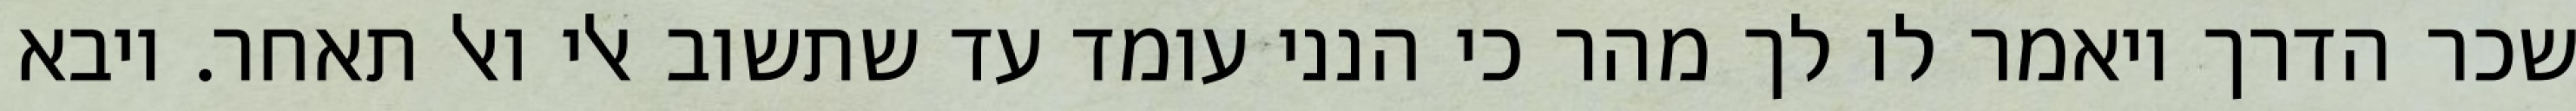
שכר הדרך ויאמר לו לך מהר כי הנני עומד עד שתשוב אלי ואל תאחר. ויבא